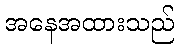
အနေအထားသည်